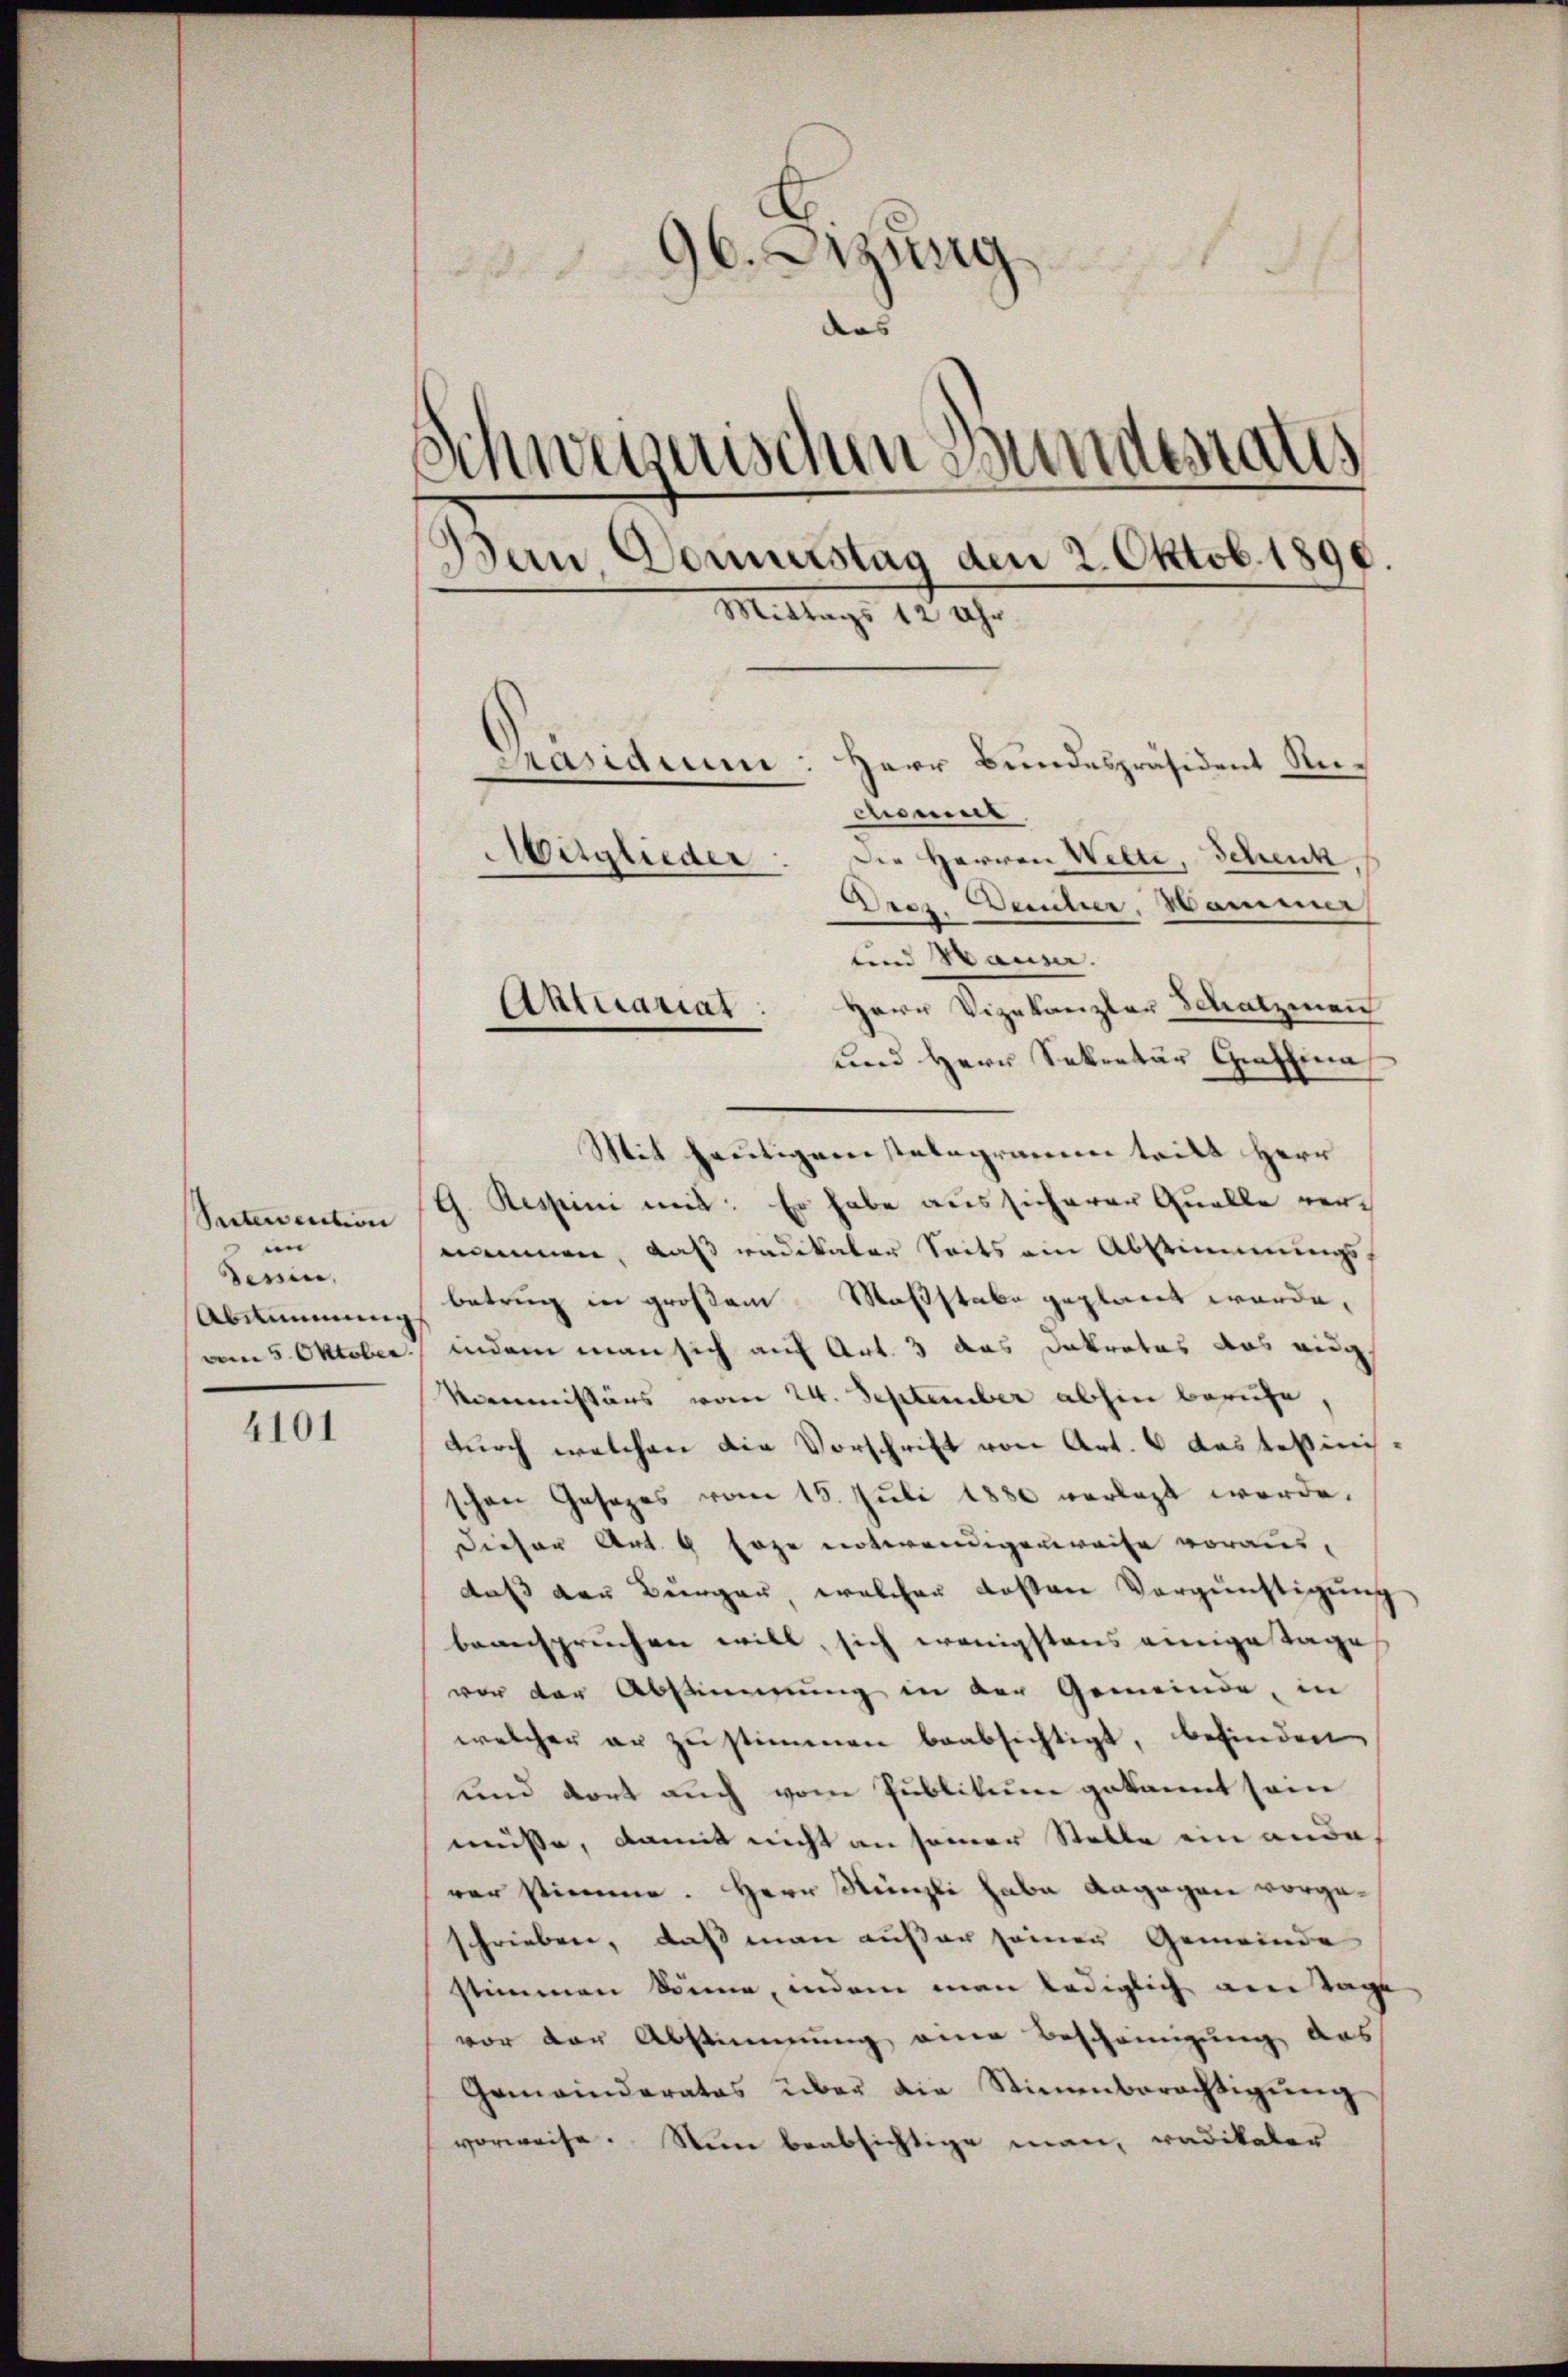
Suterention
n
derin,
Abstimmung
vom 5. Oktober.

4101

16. Dezung
Ist vorg
.
1
das
Schweizerischen Bundesraths
Bau, Domurstag den 2. Oktob. 1890.
Mittags 12 Uhr.
Pasaim
Herr Bundespräsident Rechomur
Mitglieder
Die Herren Welte, Schenk

Urez. Deucher, Hammer
und Hauser.
Herr Vizekanzler Schatzmann
und Herr Sekretär Grashina
Mit heutigenstelegramm teilt Herr
G. Respini mit: Er habe aus sicherer Quelle vernommen, daß radikaler Seits ein Abstimmungsbetrug in großem Maßstabe geplant werde,
indem man sich auf Art. 3 das Dakrates das ang
kommissärs vom 24. September abhin berufe,
durch welchen die Vorschrift von Art. 6 das tekinis
schen Gesezes vom 15. Juli 1880 verlegt werde.
Dieser Art. 9 Eoze notwendigerweise voraus,
daß der Bürger, welcher deßen Vergünstigung
beanspruchen will, sich wenigstens einige Tage
vor der Abstimmung in der Gemeinde, in
welcher er zustimmen beabsichtigt, befinden
und dort auch vom Publikum gekannt sein
müsse, damit nicht an seiner Stelle ein ande
rer stimme. Herr Nünzli habe dagegen vorgeschrieben, daß man außer seinen Gemeinde
stimmen könne, indem man lediglich am Tage
vor der Abstimmung eine Beschringung das
Gemeinderates über die Stimenberechtigŭng
vorweise. Nun beabsichtige man, radikaler

Aktuariat